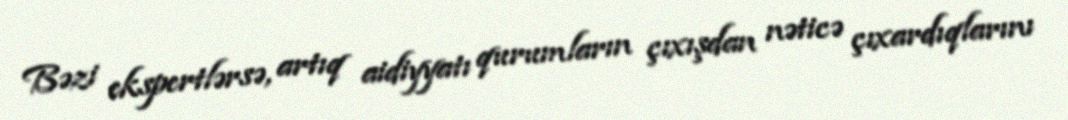
Bəzi ekspertlərsə, artıq aidiyyatı qurumların çıxışdan nəticə çıxardıqlarını